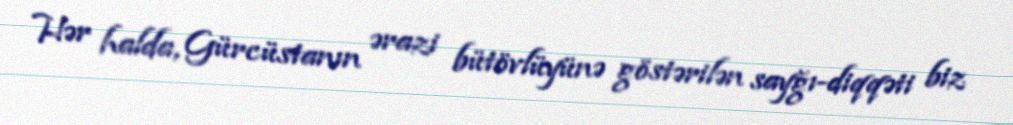
Hər halda, Gürcüstanın ərazi bütövlüyünə göstərilən sayğı-diqqəti biz